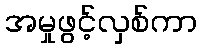
အမှုဖွင့်လှစ်ကာ